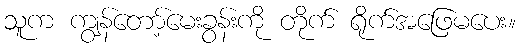
သူက ကျွန်တော့်မေးခွန်းကို တိုက် ရိုက်အဖြေမပေး။